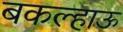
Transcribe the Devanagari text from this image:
बकल्हाऊ